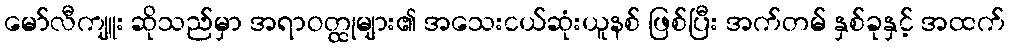
မော်လီကျူး ဆိုသည်မှာ အရာဝတ္ထုများ၏ အသေးငယ်ဆုံးယူနစ် ဖြစ်ပြီး အက်တမ် နှစ်ခုနှင့် အထက်